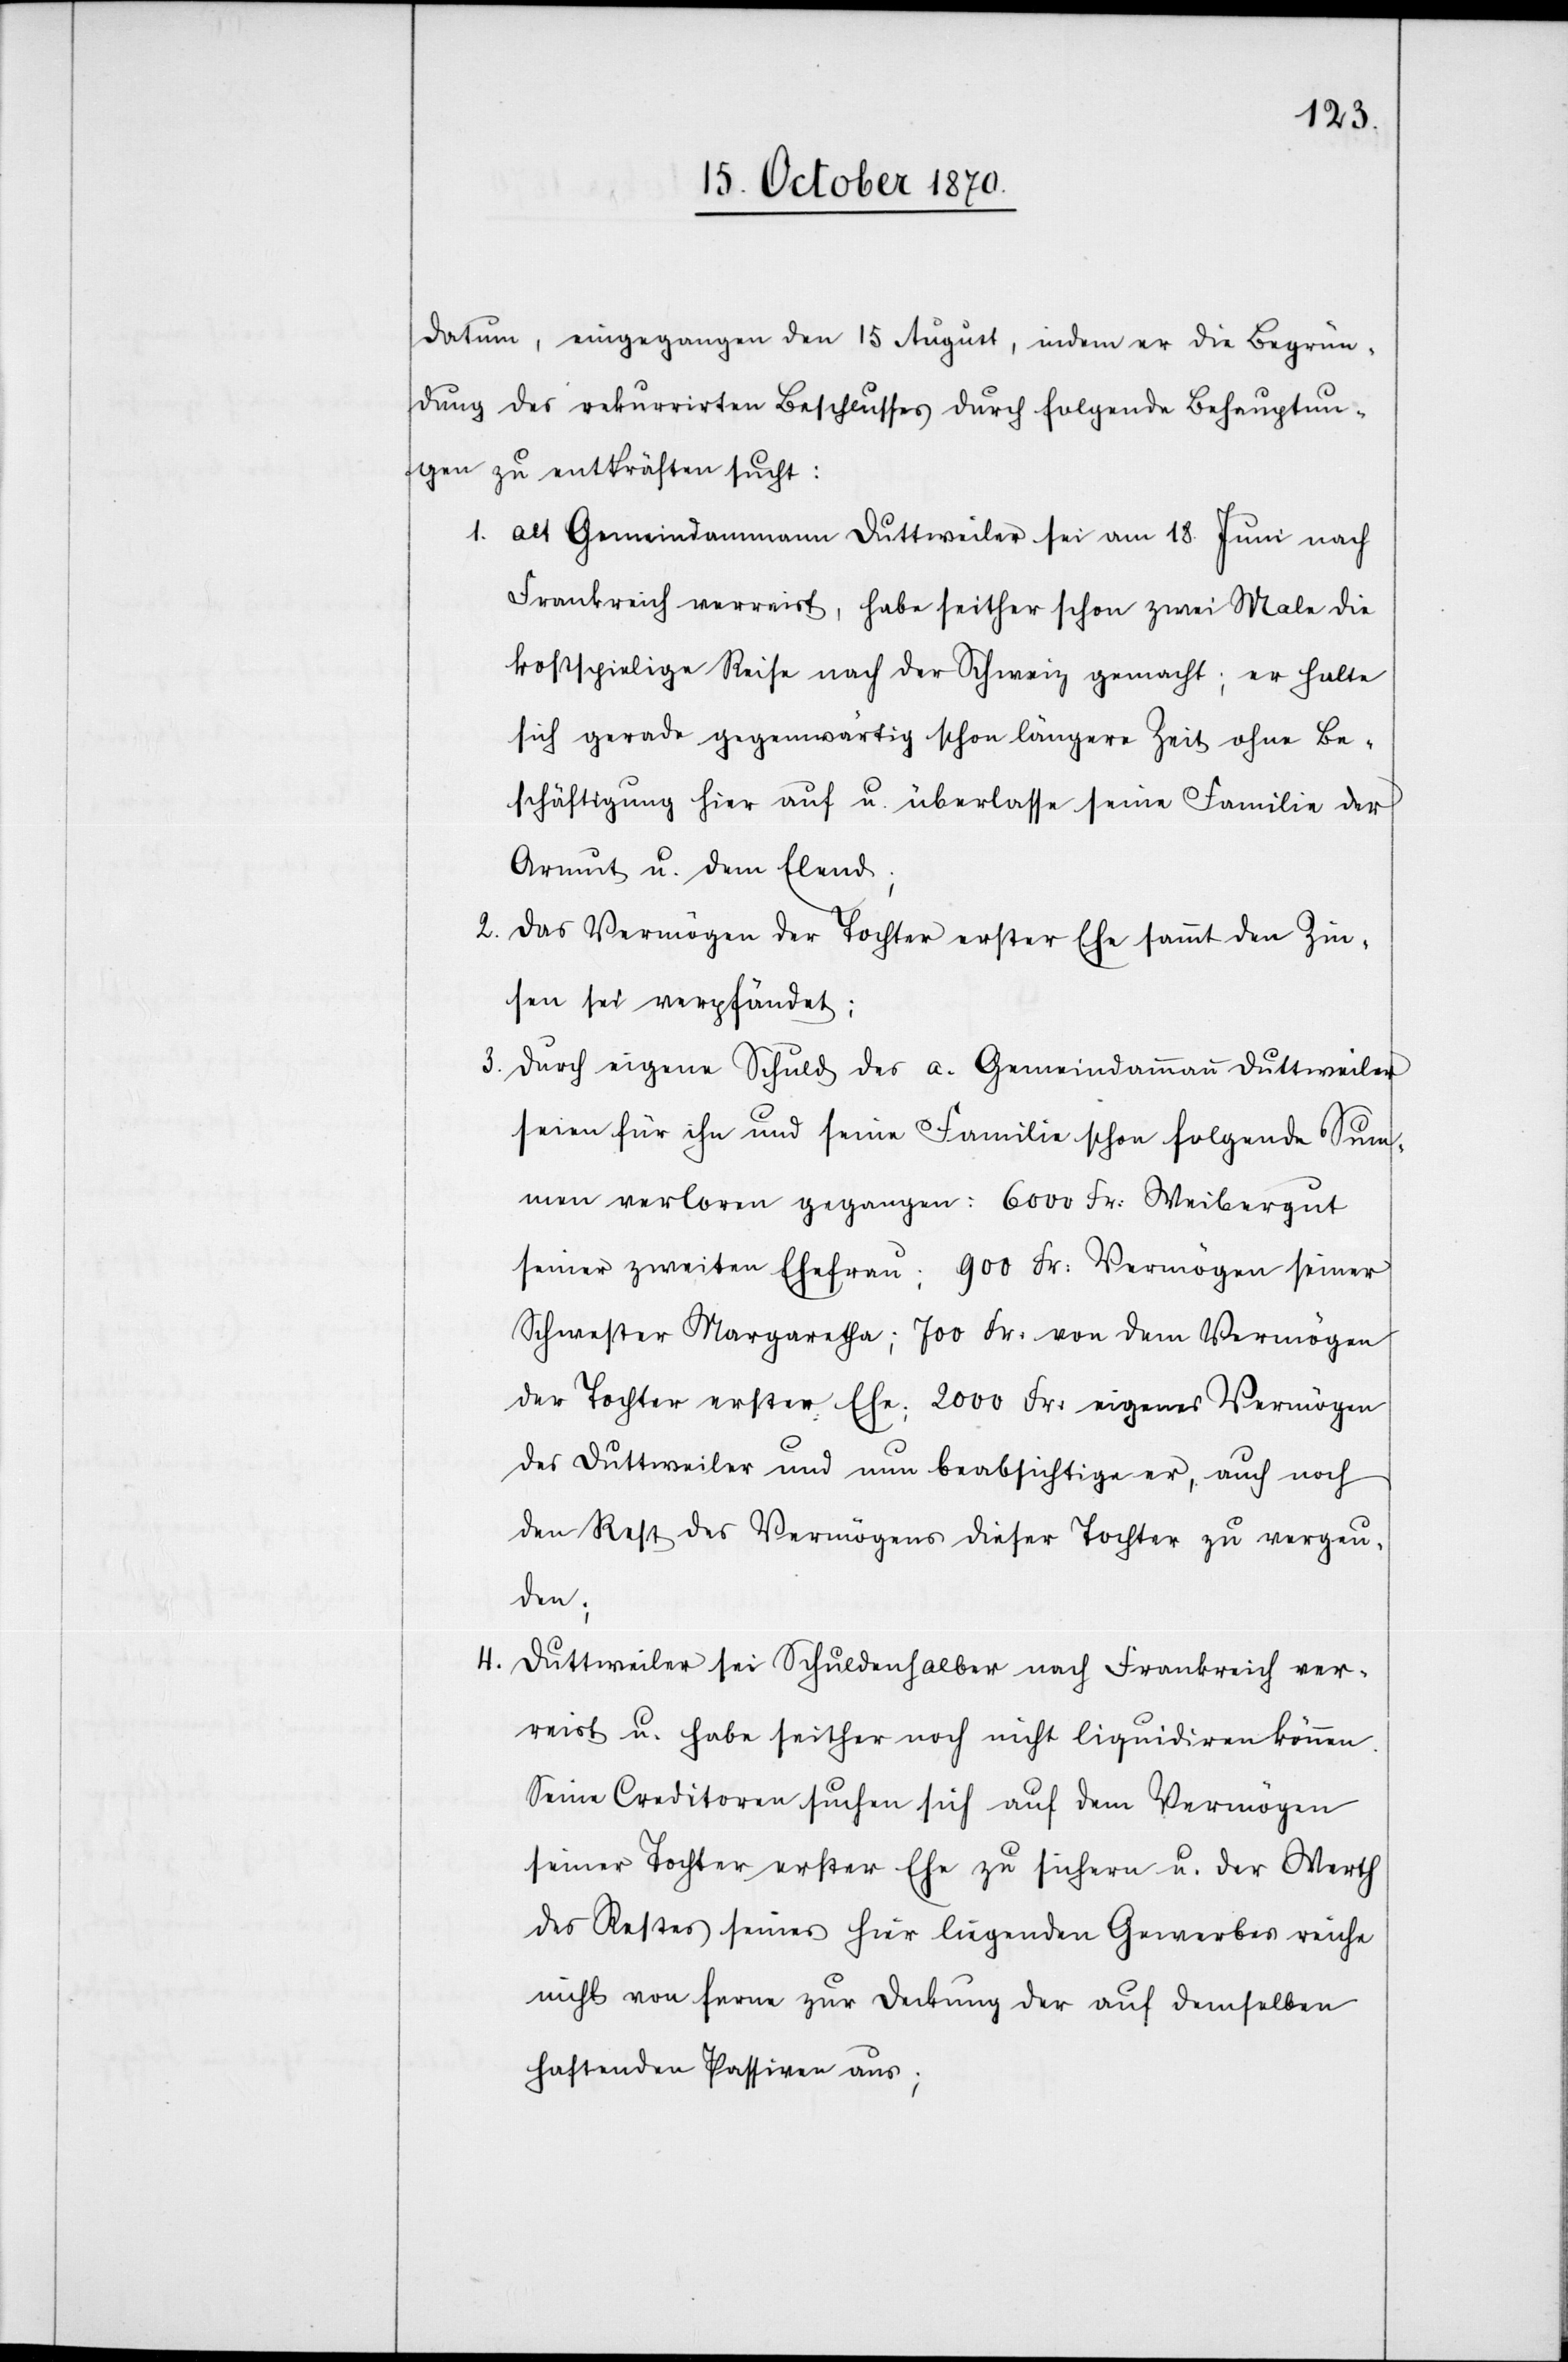
4.

Datum, eingegangen den 15 August, indem er die Begrün¬
dung des rekurrirten Beschlusses durch folgende Behauptun¬
gen zu entkräften sucht:
1. alt Gemeindammann Duttweiler sei am 18. Juni nach
Frankreich verreist, habe seither schon zwei Male die
kostspielige Reise nach der Schweiz gemacht; er halte
sich gerade gegenwärtig schon längere Zeit ohne Be¬
schäftigung hier auf u. überlasse seine Familie der
Armut u. dem Elend;
2. das Vermögen der Tochter erster Ehe sammt den Zin¬
sen sei verpfändet;
3.
durch eigene Schuld des a. Gemeindammann Duttweiler
seien für ihn und seine Familie schon folgende Su¬
mmen verloren gegangen: 6000 Fr: Weibergut
seiner zweiten Ehefrau; 900 Fr: Vermögen seiner
Schwester Margarethe; 700 Fr: von dem Vermögen
der Tochter erster Ehe; 2000 Fr: eigenes Vermögen
des Duttweiler und nun beabsichtige er; auch noch
den Rest des Vermögens dieser Tochter zu vergeu¬
den;
Duttweiler sei Schuldenhalber nach Frankreich ver¬
reist u. habe seither noch nicht liquidiren können.
Seine Creditoren suchen sich auf dem Vermögen
seiner Tochter erster Ehe zu sichern u. der Werth
des Restes seines hier liegenden Gewerbes reiche
nicht von ferne zur Deckung der auf demselben
haftenden Passiven aus;